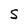
Character: C